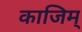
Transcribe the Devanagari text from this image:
काजिम्